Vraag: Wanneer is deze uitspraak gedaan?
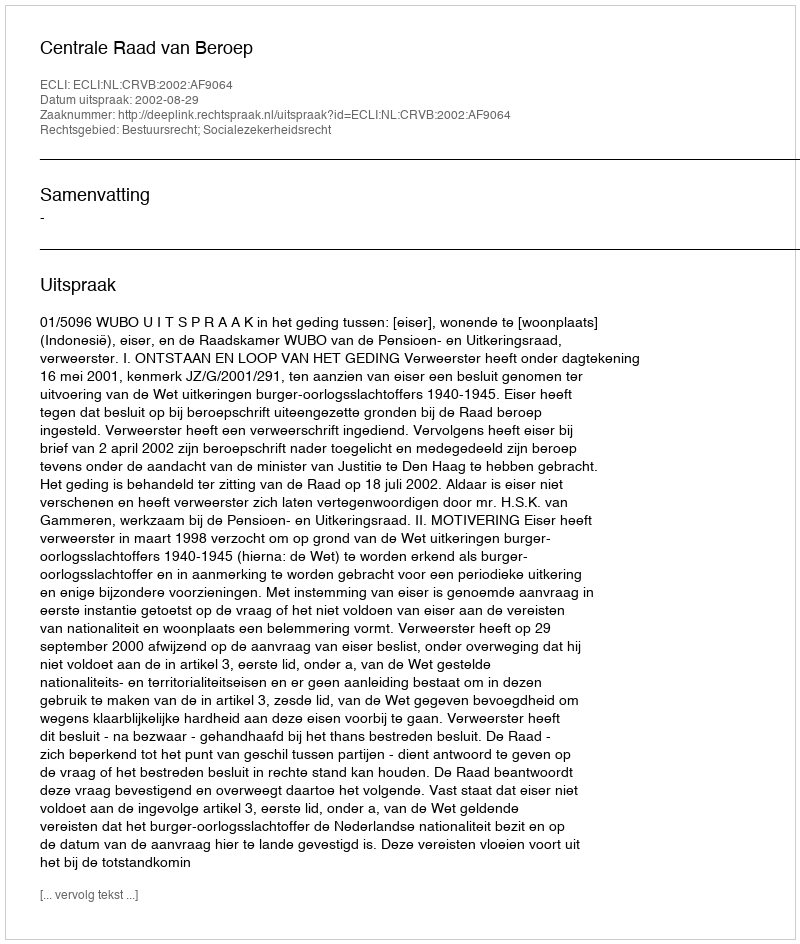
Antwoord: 2002-08-29